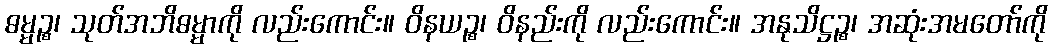
ဓမ္မဉ္စ၊ သုတ်အဘိဓမ္မာကို လည်းကောင်း။ ဝိနယဉ္စ၊ ဝိနည်းကို လည်းကောင်း။ အနုသိဋ္ဌဉ္စ၊ အဆုံးအမတော်ကို